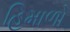
હિમાળો